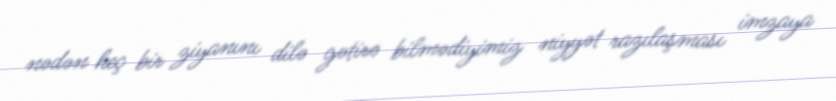
nədən heç bir ziyanını dilə gətirə bilmədiyimiz niyyət razılaşması imzaya